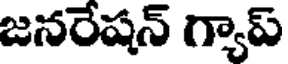
జనరేషన్ గ్యాప్